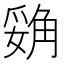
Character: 𲁝